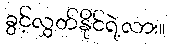
ခွင့်လွှတ်နိုင်ရဲ့လား။